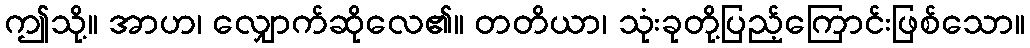
ဤသို့။ အာဟ၊ လျှောက်ဆိုလေ၏။ တတိယာ၊ သုံးခုတို့ပြည့်ကြောင်းဖြစ်သော။